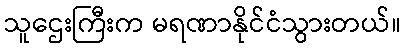
သူဌေးကြီးက မရဏာနိုင်ငံသွားတယ်။